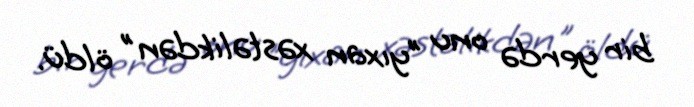
bir yerdə onu "yıxan xəstəlikdən" öldü.